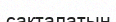
сакталатын